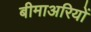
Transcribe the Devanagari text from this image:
बीमाअरियों